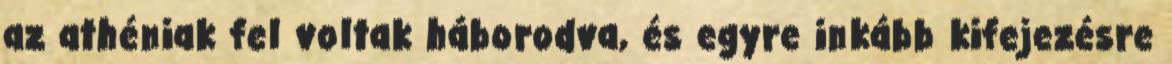
az athéniak fel voltak háborodva, és egyre inkább kifejezésre